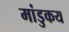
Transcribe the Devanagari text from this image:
मांडुकय